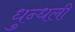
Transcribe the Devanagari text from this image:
धुन्धली